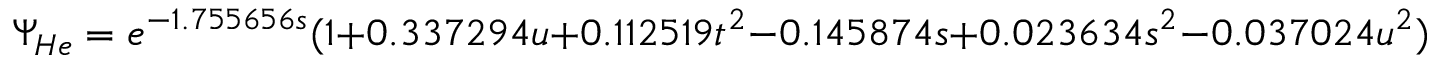
\Psi _ { H e } = e ^ { - 1 . 7 5 5 6 5 6 s } ( 1 + 0 . 3 3 7 2 9 4 u + 0 . 1 1 2 5 1 9 t ^ { 2 } - 0 . 1 4 5 8 7 4 s + 0 . 0 2 3 6 3 4 s ^ { 2 } - 0 . 0 3 7 0 2 4 u ^ { 2 } )